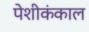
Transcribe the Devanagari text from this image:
पेशीकंकाल